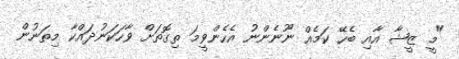
"މީ ޒީޝާ އާއި ބެހޭ ކަމެއް ނޫނެންނު އެހެންވީމަ ތިގޮތަށް ވާހަކަނުދައްކާ މިތަނުން